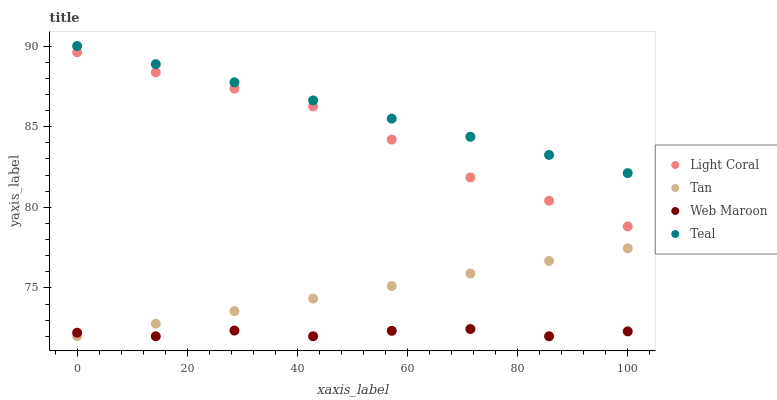
| xaxis_label | Light Coral | Tan | Web Maroon | Teal |
 | --- | --- | --- | --- | --- |
 | 0 | 89.6 | 72 | 72.2 | 90 |
 | 14.3 | 88.4 | 72.8 | 72 | 88.9 |
 | 28.6 | 87.4 | 73.6 | 72.4 | 87.7 |
 | 42.9 | 86.3 | 74.3 | 72 | 86.6 |
 | 57.1 | 84.2 | 75.1 | 72.3 | 85.5 |
 | 71.4 | 81.8 | 75.9 | 72.4 | 84.4 |
 | 85.7 | 80.4 | 76.7 | 72 | 83.2 |
 | 100 | 78.8 | 77.4 | 72.3 | 82.1 |